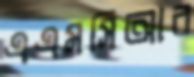
এএমসিআর